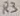
Text: R3